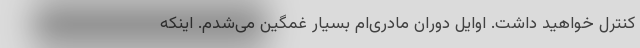
کنترل خواهید داشت. اوایل دوران مادری‌ام بسیار غمگین می‌شدم. اینکه